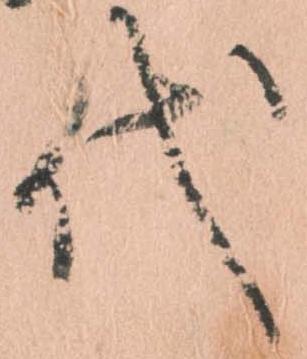
代